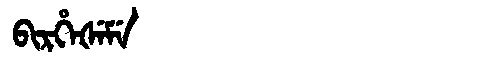
Manchu: ᠪᡳᡵᡥᡝᡧᡝᠮᡝ
Romanization: BIRHEŠEME